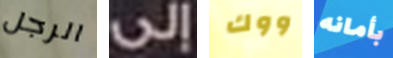
الرجل إلى ووك بأمانه